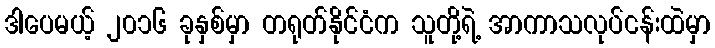
ဒါပေမယ့် ၂၀၁၆ ခုနှစ်မှာ တရုတ်နိုင်ငံက သူတို့ရဲ့ အာကာသလုပ်ငန်းထဲမှာ